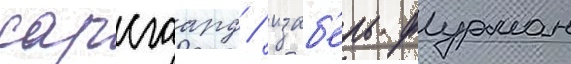
сарсгаард / изаб'ель фурман